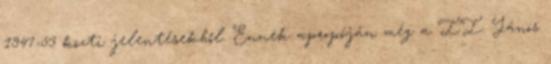
1947-53 közti jelentésekből. Ennek apropóján még a II. János